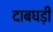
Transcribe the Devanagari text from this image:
दाबघड़ी